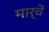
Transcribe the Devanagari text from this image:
मार्चें